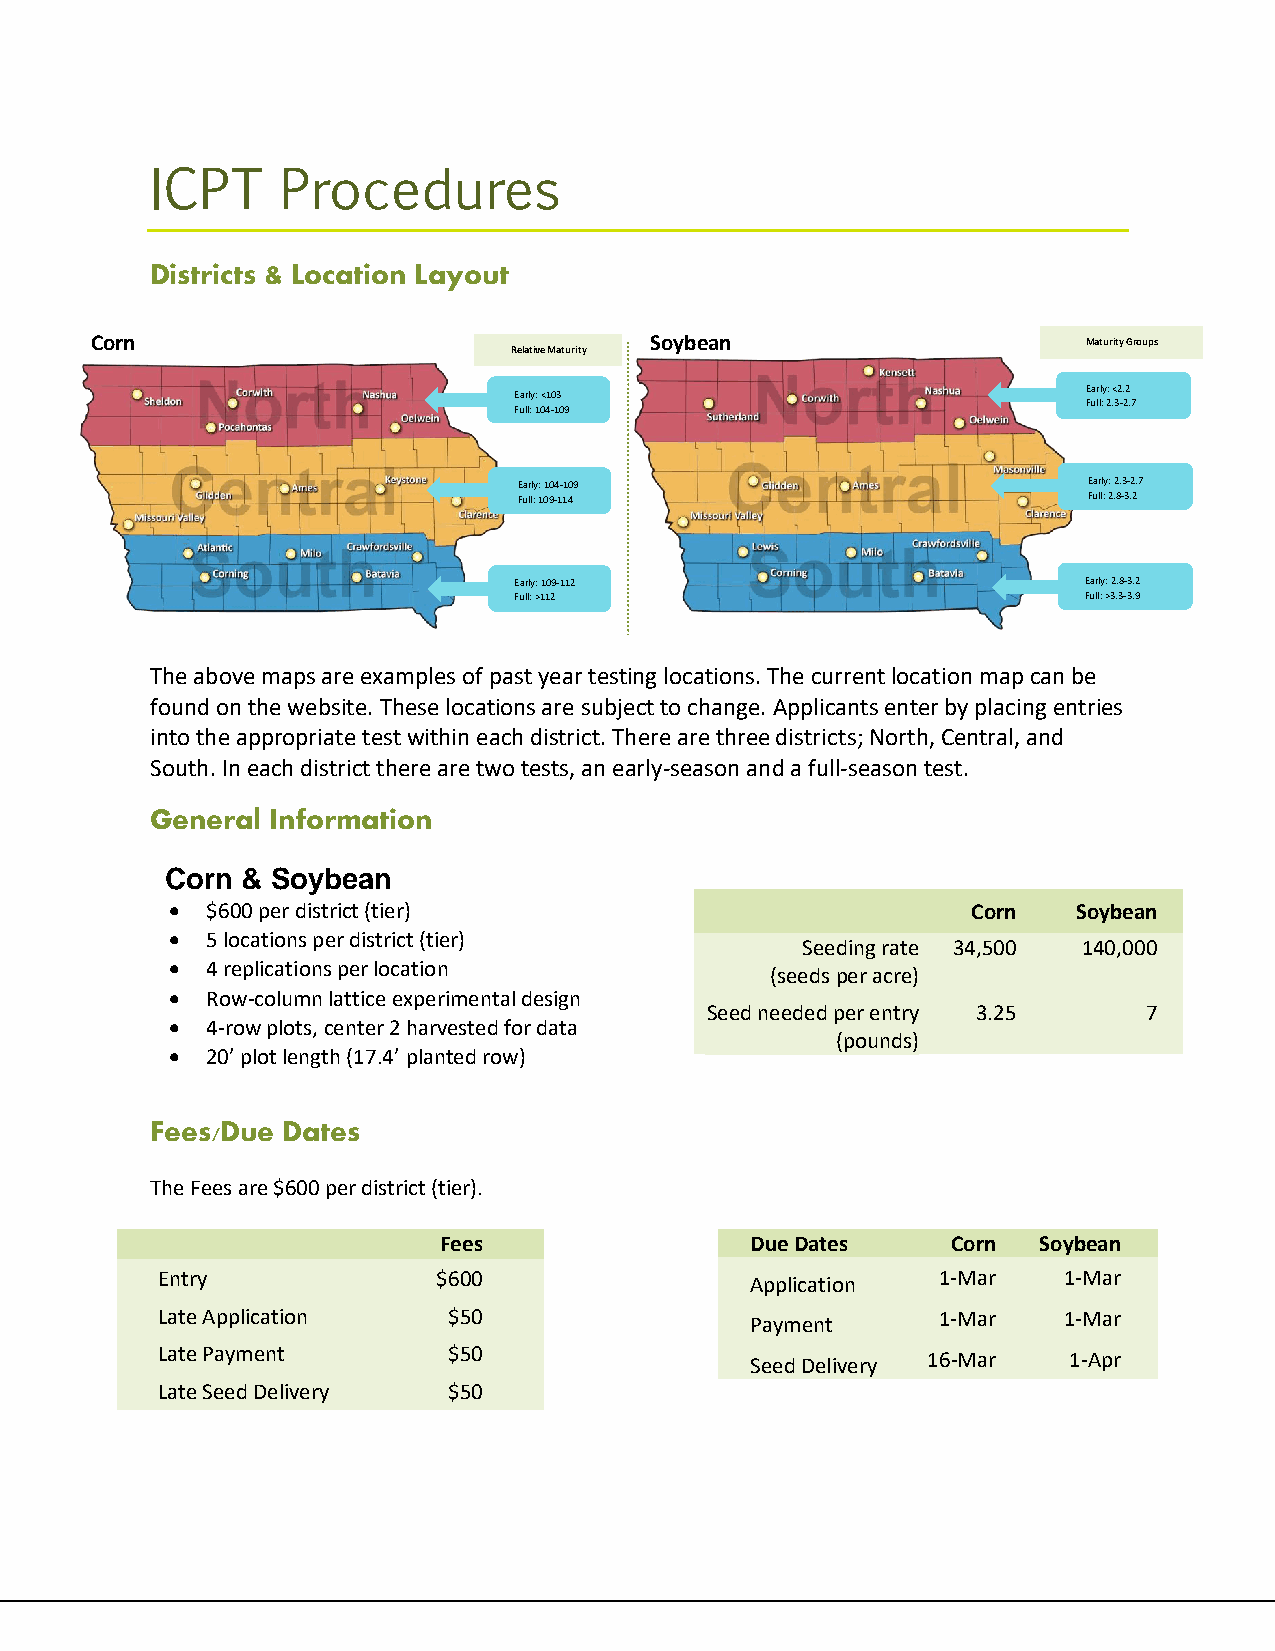
ICPT     Procedures
 Districts & Location Layout
 Corn                                 Soybean                      Maturity Groups
 Relative Maturity
 Early: <103                           Early: <2.2
 Full: 2.3-2.7
 Full: 104-109
 Early: 104-109                        Early: 2.3-2.7
 Full: 109-114                         Full: 2.8-3.2
 Early: 109-112                        Early: 2.8-3.2
 Full: >112                            Full: >3.3-3.9
 The above maps are examples of past year testing locations. The current location map can be
 found on the website. These locations are subject to change. Applicants enter by placing entries
 into the appropriate test within each district. There are three districts; North, Central, and
 South. In each district there are two tests, an early-season and a full-season test.
 General Information
 Corn & Soybean
 •  $600 per district (tier)                          Corn   Soybean
 •  5 locations per district (tier)
 Seeding rate 34,500 140,000
 •  4 replications per location
 (seeds per acre)
 •  Row-column lattice experimental design
 Seed needed per entry 3.25   7
 •  4-row plots, center 2 harvested for data
 (pounds)
 •  20’ plot length (17.4’ planted row)
 Fees/Due Dates
 The Fees are $600 per district (tier).
 Fees                 Due Dates    Corn  Soybean
 Entry              $600                 Application 1-Mar   1-Mar
 Late Application    $50                 Payment     1-Mar   1-Mar
 Late Payment        $50                 Seed Delivery 16-Mar 1-Apr
 Late Seed Delivery  $50